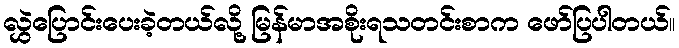
လွှဲပြောင်းပေးခဲ့တယ်လို့ မြန်မာအစိုးရသတင်းစာက ဖော်ပြပါတယ်။